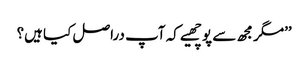
’’مگر مجھ سے پوچھیے کہ آپ دراصل کیا ہیں؟